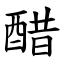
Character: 醋